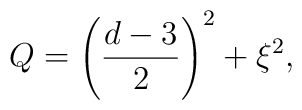
Q=\left( \frac{d-3}{2}\right) ^{2}+\xi ^{2},